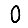
Digit: 0